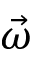
\vec { \omega }